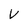
Character: V